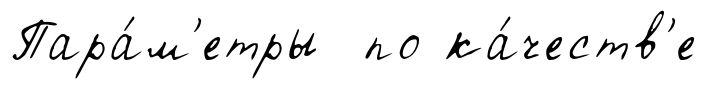
Пара́м'етры по ка́честв'е